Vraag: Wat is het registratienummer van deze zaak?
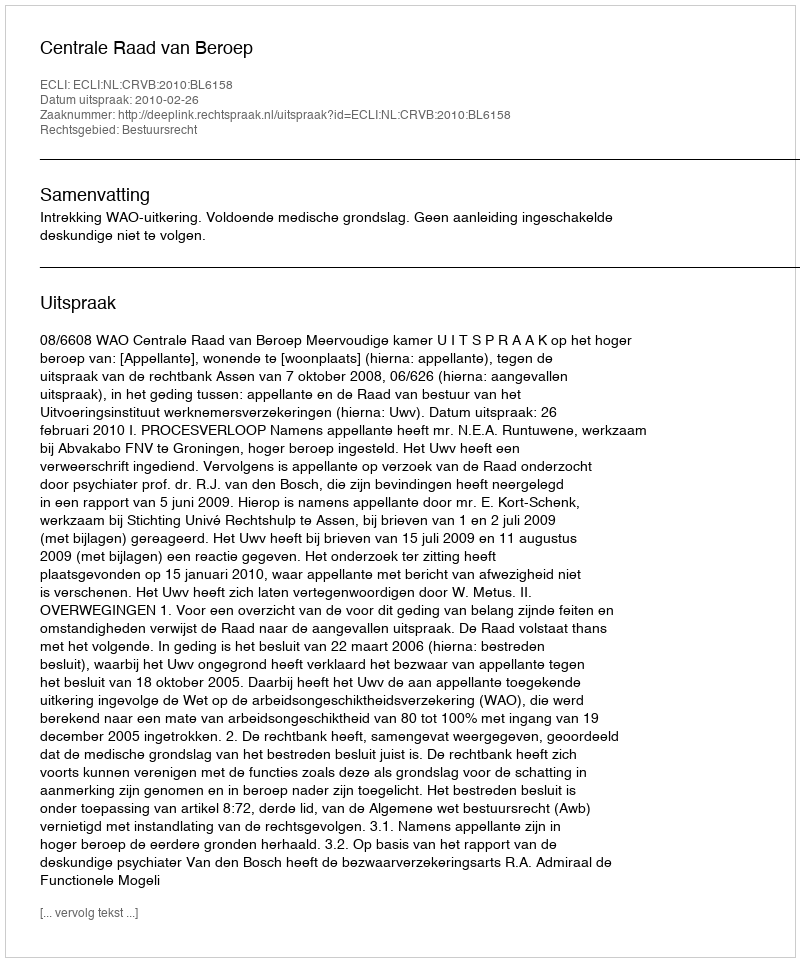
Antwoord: http://deeplink.rechtspraak.nl/uitspraak?id=ECLI:NL:CRVB:2010:BL6158